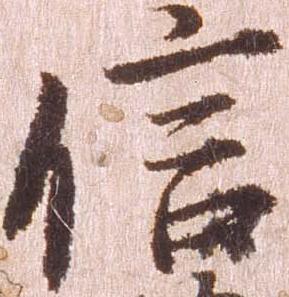
信